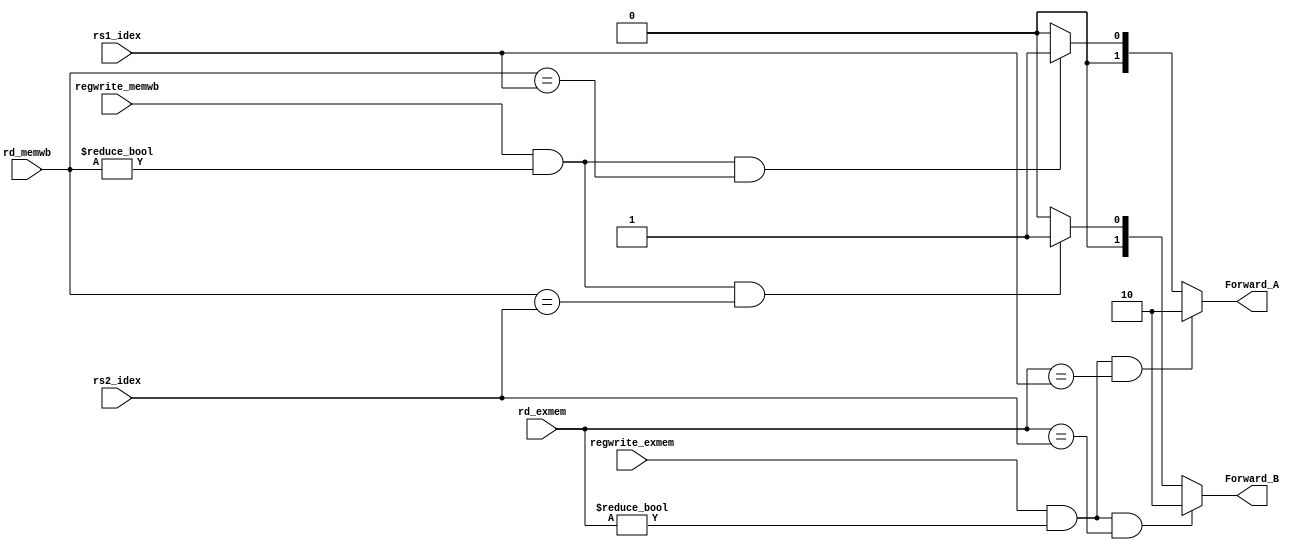
module forwarding_unit(

    input[4:0] rs1_idex,
    input [4:0] rs2_idex,
    input regwrite_memwb,
    input regwrite_exmem,
    input [4:0] rd_memwb,
    input [4:0] rd_exmem,

    output reg [1:0] Forward_A,
    output reg [1:0] Forward_B

);



always @(*)
begin

if ((regwrite_exmem==1'b1) && (rd_exmem!=1'b0)&& (rd_exmem==rs1_idex))
    Forward_A=2'b10;
else if ((regwrite_memwb==1'b1)&& (rd_memwb!=1'b0)&& (rd_memwb==rs1_idex))
    Forward_A=2'b01;
else 
	Forward_A=2'b00;

if ((regwrite_exmem==1'b1)&& (rd_exmem!=1'b0)&& (rd_exmem==rs2_idex))
    Forward_B=2'b10;

else if ((regwrite_memwb==1'b1)&& (rd_memwb!=1'b0)&& (rd_memwb==rs2_idex))
    Forward_B=2'b01;
else 
	Forward_B=2'b00;



end
endmodule